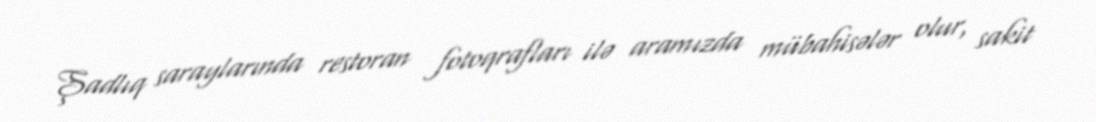
Şadlıq saraylarında restoran fotoqrafları ilə aramızda mübahisələr olur, sakit